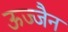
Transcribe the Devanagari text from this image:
ऊज्जैन